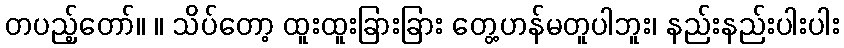
တပည့်တော်။ ။ သိပ်တော့ ထူးထူးခြားခြား တွေ့ဟန်မတူပါဘူး၊ နည်းနည်းပါးပါး